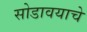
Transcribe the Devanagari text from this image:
सोडावयाचे